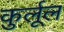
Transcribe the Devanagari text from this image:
कुर्लूल